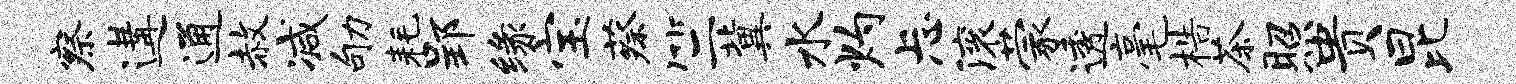
察遘通赦减劬耗郢缘宝蔡竺冀水灼忐滚蒙透毫梏茶照贵昆